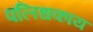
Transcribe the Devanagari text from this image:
पलिधकाय